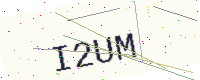
Text: I2UM